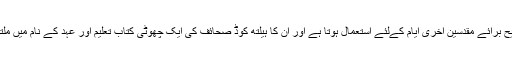
مورمن ایک عرفی نام ہے جو کبھی کبھی کلیسائے یسوع مسیح برائے مقدسین آخری ایام کےلئے استعمال ہوتا ہے اور ان کا ہیلتھ کوڈ صحائف کی ایک چھوٹی کتاب تعلیم اور عہد کے نام میں ملتا ہے. اس میں ابتدائی چرچ سے زیادہ تر جدید آراء شامل ہیں۔